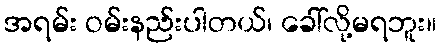
အရမ်း ဝမ်းနည်းပါတယ်၊ ခေါ်လို့မရဘူး။